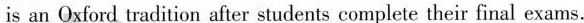
is an Oxford tradition after students complete their final exams.